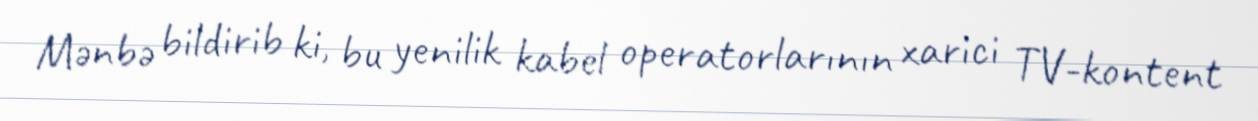
Mənbə bildirib ki, bu yenilik kabel operatorlarının xarici TV-kontent